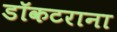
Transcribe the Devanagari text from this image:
डॉकटराना